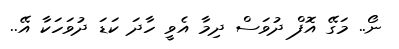
ނޯ.. މަގޭ އޮފް ދުވަސް ދިމާ އެވީ ހާދަ ކަޑަ ދުވަހަކާ އޭ..